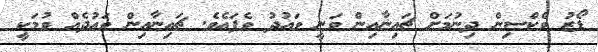
ޑޯޒު ވެކްސިން ދިނުމަށް ޗައިނާއިން ވަނީ ވައުދު ވެފައެވެ. ޗައިނާއިން ވައުދެއް ވުމަކީ